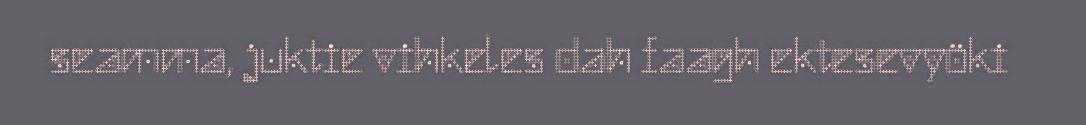
seamma, juktie vihkeles dah faagh ektesevyöki